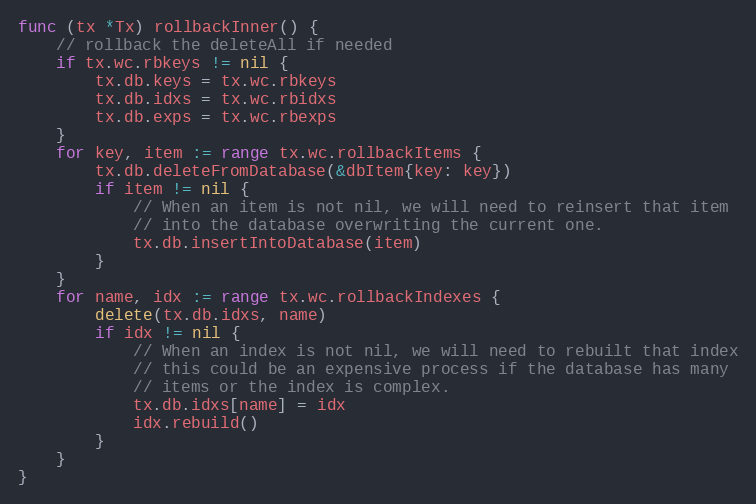
Language: Go
func (tx *Tx) rollbackInner() {
	// rollback the deleteAll if needed
	if tx.wc.rbkeys != nil {
		tx.db.keys = tx.wc.rbkeys
		tx.db.idxs = tx.wc.rbidxs
		tx.db.exps = tx.wc.rbexps
	}
	for key, item := range tx.wc.rollbackItems {
		tx.db.deleteFromDatabase(&dbItem{key: key})
		if item != nil {
			// When an item is not nil, we will need to reinsert that item
			// into the database overwriting the current one.
			tx.db.insertIntoDatabase(item)
		}
	}
	for name, idx := range tx.wc.rollbackIndexes {
		delete(tx.db.idxs, name)
		if idx != nil {
			// When an index is not nil, we will need to rebuilt that index
			// this could be an expensive process if the database has many
			// items or the index is complex.
			tx.db.idxs[name] = idx
			idx.rebuild()
		}
	}
}